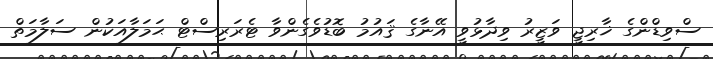
ސްވިޑްންގެ ޚާރިޖީ ވަޒީރު ވިދާޅުވީ އޭނާގެ ޤައުމު ބޮޑުވެގެންވާ ޓެރަރިސްޓް ޙަމަލާއަކުން ސަލާމަތް